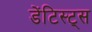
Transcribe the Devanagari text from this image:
डेंटिस्ट्स